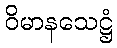
ဝိမာနသေဋ္ဌံ